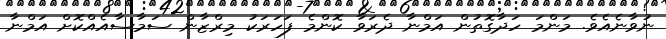
ނުވާނެއެވެ. މަންމަ ހަދާގޮތުން އަމްނާ ދެރަވާ ކޮންމެ ފަހަރަކު މިރްޒާން ސަމާސާއެއްކޮށް އަމްނާ